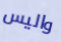
واليس